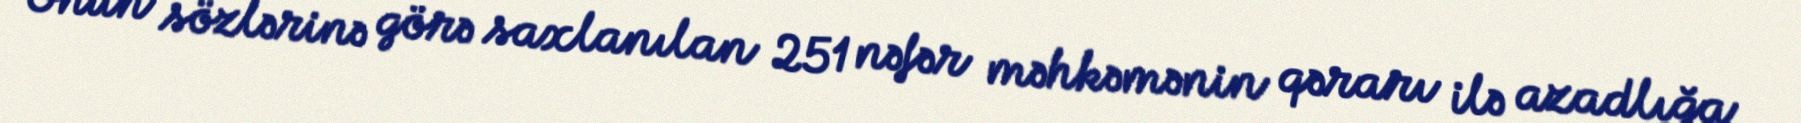
Onun sözlərinə görə saxlanılan 251 nəfər məhkəmənin qərarı ilə azadlığa